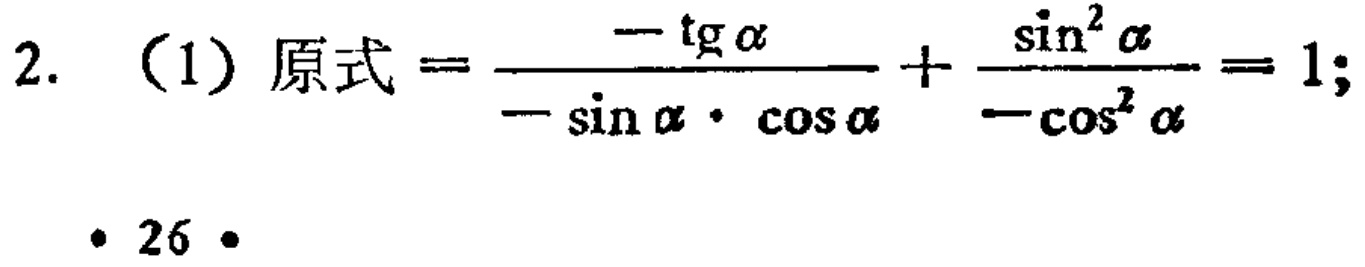
2. （1）原式\(=\frac{-\text{tg}\alpha}{-\sin\alpha\cdot\cos\alpha}+\frac{\sin^{2}\alpha}{-\cos^{2}\alpha}=1;\)

· 26 ·